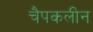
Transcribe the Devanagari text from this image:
चैपकलीन